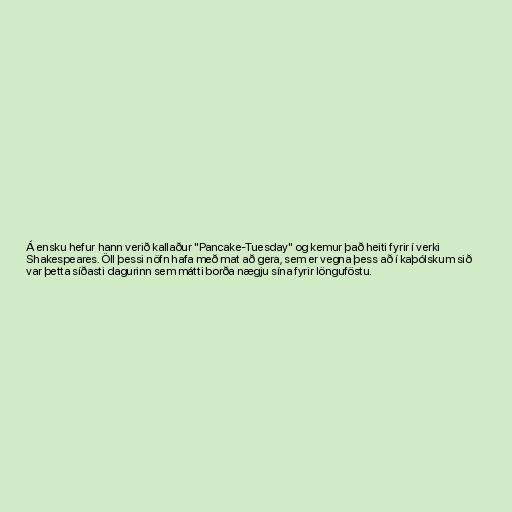
Á ensku hefur hann verið kallaður "Pancake-Tuesday" og kemur það heiti fyrir í verki
Shakespeares. Öll þessi nöfn hafa með mat að gera, sem er vegna þess að í kaþólskum sið
var þetta síðasti dagurinn sem mátti borða nægju sína fyrir lönguföstu.